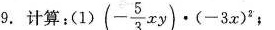
9.计算:（1）$$( - \frac { 5 } { 3 } x y ) \cdot ( - 3 x ) ^ { 2 }$$ .